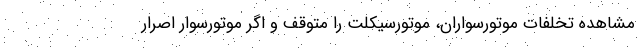
مشاهده تخلفات موتورسواران، موتورسیکلت را متوقف و اگر موتورسوار اصرار